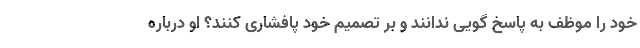
خود را موظف به پاسخ گویی ندانند و بر تصمیم خود پافشاری کنند؟ او درباره